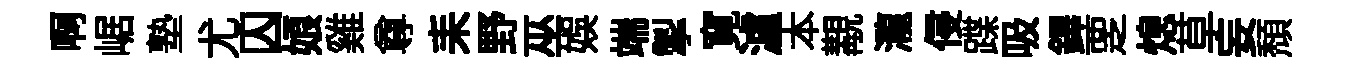
啊崌塾尤囚娘雞尊耒野巫娱端掣寛瀘本覯瀧侵蹀吸鐸覂熄草妄頽